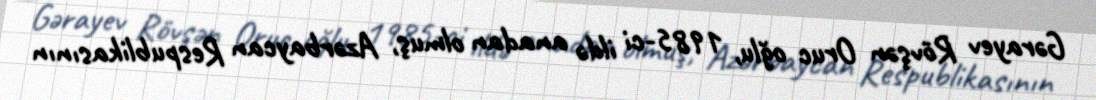
Gərayev Rövşən Oruc oğlu, 1985-ci ildə anadan olmuş, Azərbaycan Respublikasının